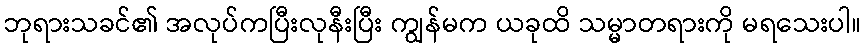
ဘုရားသခင်၏ အလုပ်ကပြီးလုနီးပြီး ကျွန်မက ယခုထိ သမ္မာတရားကို မရသေးပါ။